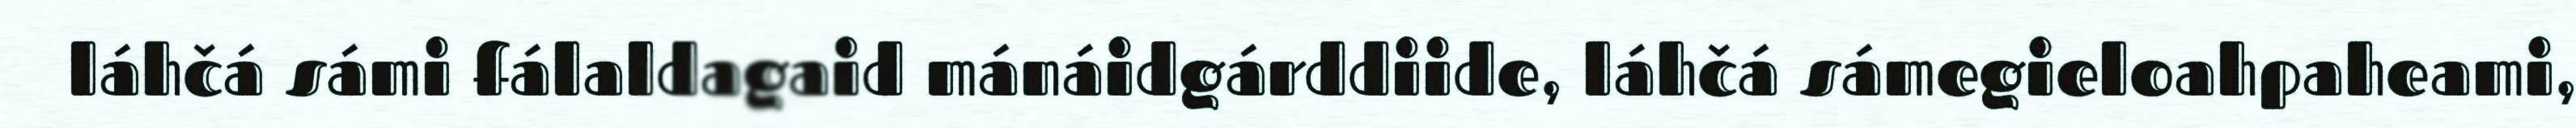
láhčá sámi fálaldagaid mánáidgárddiide, láhčá sámegieloahpaheami,